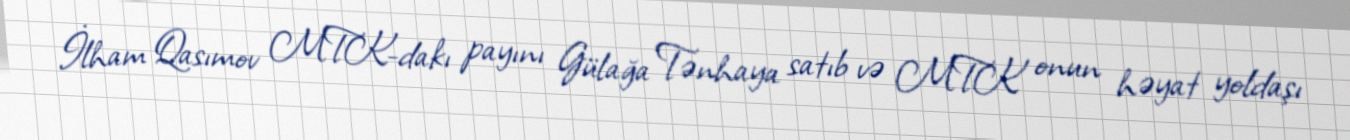
İlham Qasımov MTK-dakı payını Gülağa Tənhaya satıb və MTK onun həyat yoldaşı